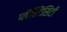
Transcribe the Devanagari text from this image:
प्लैस्टिसिटी